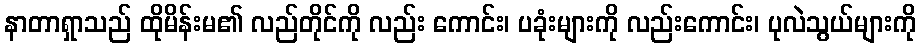
နာတာရှာသည် ထိုမိန်းမ၏ လည်တိုင်ကို လည်း ကောင်း၊ ပခုံးများကို လည်းကောင်း၊ ပုလဲသွယ်များကို